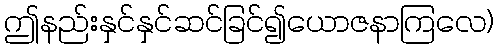
ဤနည်းနှင်နှင်ဆင်ခြင်၍ယောဇနာကြလေ)